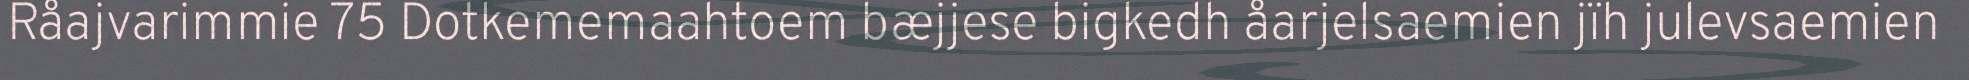
Råajvarimmie 75 Dotkememaahtoem bæjjese bigkedh åarjelsaemien jïh julevsaemien